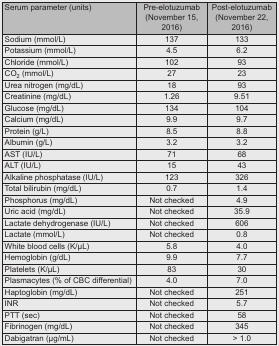
| Serum parameter (units) | Pre-elotuzumab (November 15, 2016) | Post-elotuzumab (November 22, 2016) |
 | --- | --- | --- |
 | Sodium (mmol/L) | 137 | 133 |
 | Potassium (mmol/L) | 4.5 | 6.2 |
 | Chloride (mmol/L) | 102 | 93 |
 | CO2 (mmol/L) | 27 | 23 |
 | Urea nitrogen (mg/dL) | 18 | 93 |
 | Creatinine (mg/dL) | 1.26 | 9.51 |
 | Glucose (mg/dL) | 134 | 104 |
 | Calcium (mg/dL) | 9.9 | 9.7 |
 | Protein (g/L) | 8.5 | 8.8 |
 | Albumin (g/L) | 3.2 | 3.2 |
 | AST (IU/L) | 71 | 68 |
 | ALT (IU/L) | 15 | 43 |
 | Alkaline phosphatase (IU/L) | 123 | 326 |
 | Total bilirubin (mg/dL) | 0.7 | 1.4 |
 | Phosphorus (mg/dL) | Not checked | 4.9 |
 | Uric acid (mg/dL) | Not checked | 35.9 |
 | Lactate dehydrogenase (IU/L) | Not checked | 606 |
 | Lactate (mmol/L) | Not checked | 0.8 |
 | White blood cells (K/μL) | 5.8 | 4.0 |
 | Hemoglobin (g/dL) | 9.9 | 7.7 |
 | Platelets (K/μL) | 83 | 30 |
 | Plasmacytes (% of CBC differential) | 4.0 | 7.0 |
 | Haptoglobin (mg/dL) | Not checked | 251 |
 | INR | Not checked | 5.7 |
 | PTT (sec) | Not checked | 58 |
 | Fibrinogen (mg/dL) | Not checked | 345 |
 | Dabigatran (μg/mL) | Not checked | > 1.0 |